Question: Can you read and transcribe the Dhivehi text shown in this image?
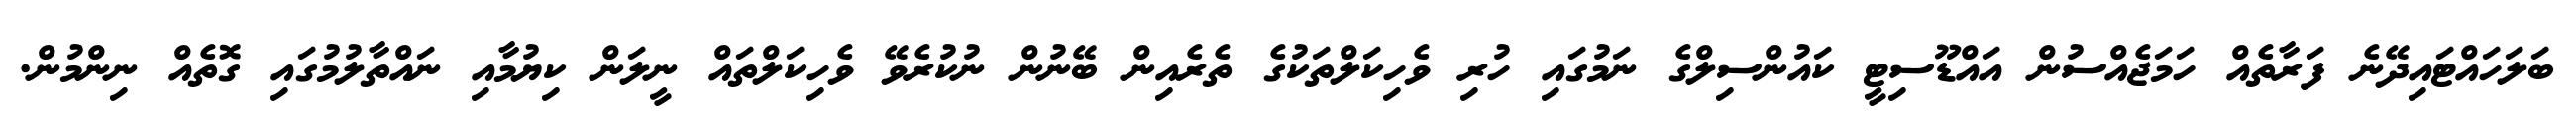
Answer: ބަލަހައްޓައިދޭނެ ފަރާތެއް ހަމަޖެއްސުން އައްޑޫސިޓީ ކައުންސިލްގެ ނަމުގައި ހުރި ވެހިކަލްތަކުގެ ތެރެއިން ބޭނުން ނުކުރެވޭ ވެހިކަލްތައް ނީލަން ކިޔުމާއި ނައްތާލުމުގައި ގޮތެއް ނިންމުން.